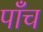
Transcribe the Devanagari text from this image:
पाँँच